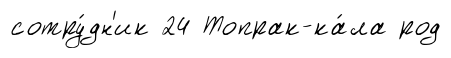
сотру́дн'ик 24 Топрак-ка́ла род